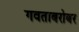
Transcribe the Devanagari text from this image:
गवताबरोबर